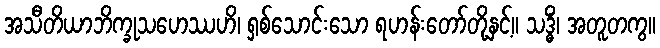
အသီတိယာဘိက္ခုသဟေဿဟိ၊ ရှစ်သောင်းသော ရဟန်းတော်တို့နှင့်။ သဒ္ဓိံ၊ အတူတကွ။